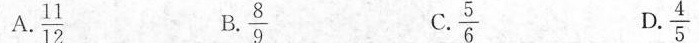
A、\frac{11}{12} B、\frac{8}{9} C、\frac{5}{6} D. \frac{4}{5}